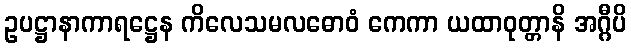
ဥပဋ္ဌာနာကာရဋ္ဌေန ကိလေသမလဓောဝံ ကေကာ ယထာဝုတ္တာနိ အဂ္ဂီပိ